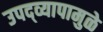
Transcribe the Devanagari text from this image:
उपद्‌व्यापामुळे